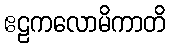
ဧဠကလောမိကာတိ